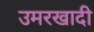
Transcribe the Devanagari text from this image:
उमरखादी